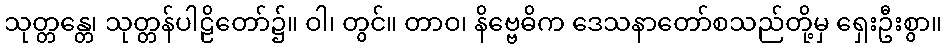
သုတ္တန္တေ၊ သုတ္တန်ပါဠိတော်၌။ ဝါ၊ တွင်။ တာဝ၊ နိဗ္ဗေဓိက ဒေသနာတော်စသည်တို့မှ ရှေးဦးစွာ။